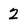
Character: 2